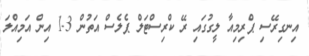
އިނގިރޭސި ޕްރިމިއާ ލީގުގައި ރޭ ކްރިސްޓަލް ޕެލެސް އަތުން 3-1 އިން އަމިއްލަ